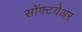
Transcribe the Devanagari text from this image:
साॅफ्टवेअर